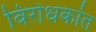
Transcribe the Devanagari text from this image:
विरोधकांत